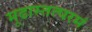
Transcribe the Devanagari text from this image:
मूढास्तत्परमं